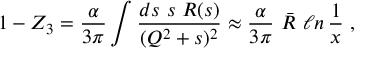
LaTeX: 1 - Z _ { 3 } = \frac { \alpha } { 3 \pi } \int \frac { d s ~ s ~ R ( s ) } { ( Q ^ { 2 } + s ) ^ { 2 } } \approx \frac { \alpha } { 3 \pi } ~ \bar { R } ~ \ell n \, \frac { 1 } { x } \ ,